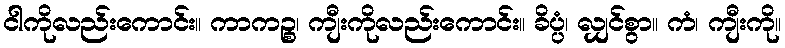
ငါကိုလည်းကောင်း။ ကာကဉ္စ၊ ကျီးကိုလည်းကောင်း။ ခိပ္ပံ၊ လျှင်စွာ။ ကံ၊ ကျီးကို။